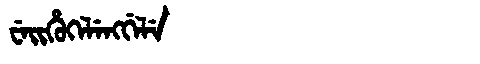
Manchu: ᠸᡝᡳᡥᡠᡴᡝᠯᡝᠩᡤᡝᠯᡝ
Romanization: WEIHUKELENGGELE